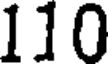
110